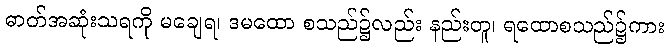
ဓာတ်အဆုံးသရကို မချေရ၊ ဒမထော စသည်၌လည်း နည်းတူ၊ ရထောစသည်၌ကား